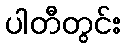
ပါတီတွင်း